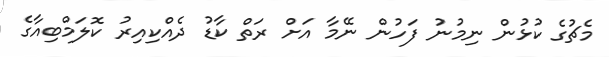
މެޗުގެ ކުޅުން ނިމުނު ފަހުން ނޭމާ އަށް ރަތް ކާޑު ދެއްކިއިރު ކޮލަމްބިއާގެ